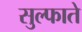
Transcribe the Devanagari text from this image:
सुल्फाते